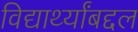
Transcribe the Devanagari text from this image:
विद्यार्थ्यांबद्दल